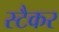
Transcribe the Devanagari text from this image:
स्टैकर